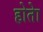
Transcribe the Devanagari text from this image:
होताे